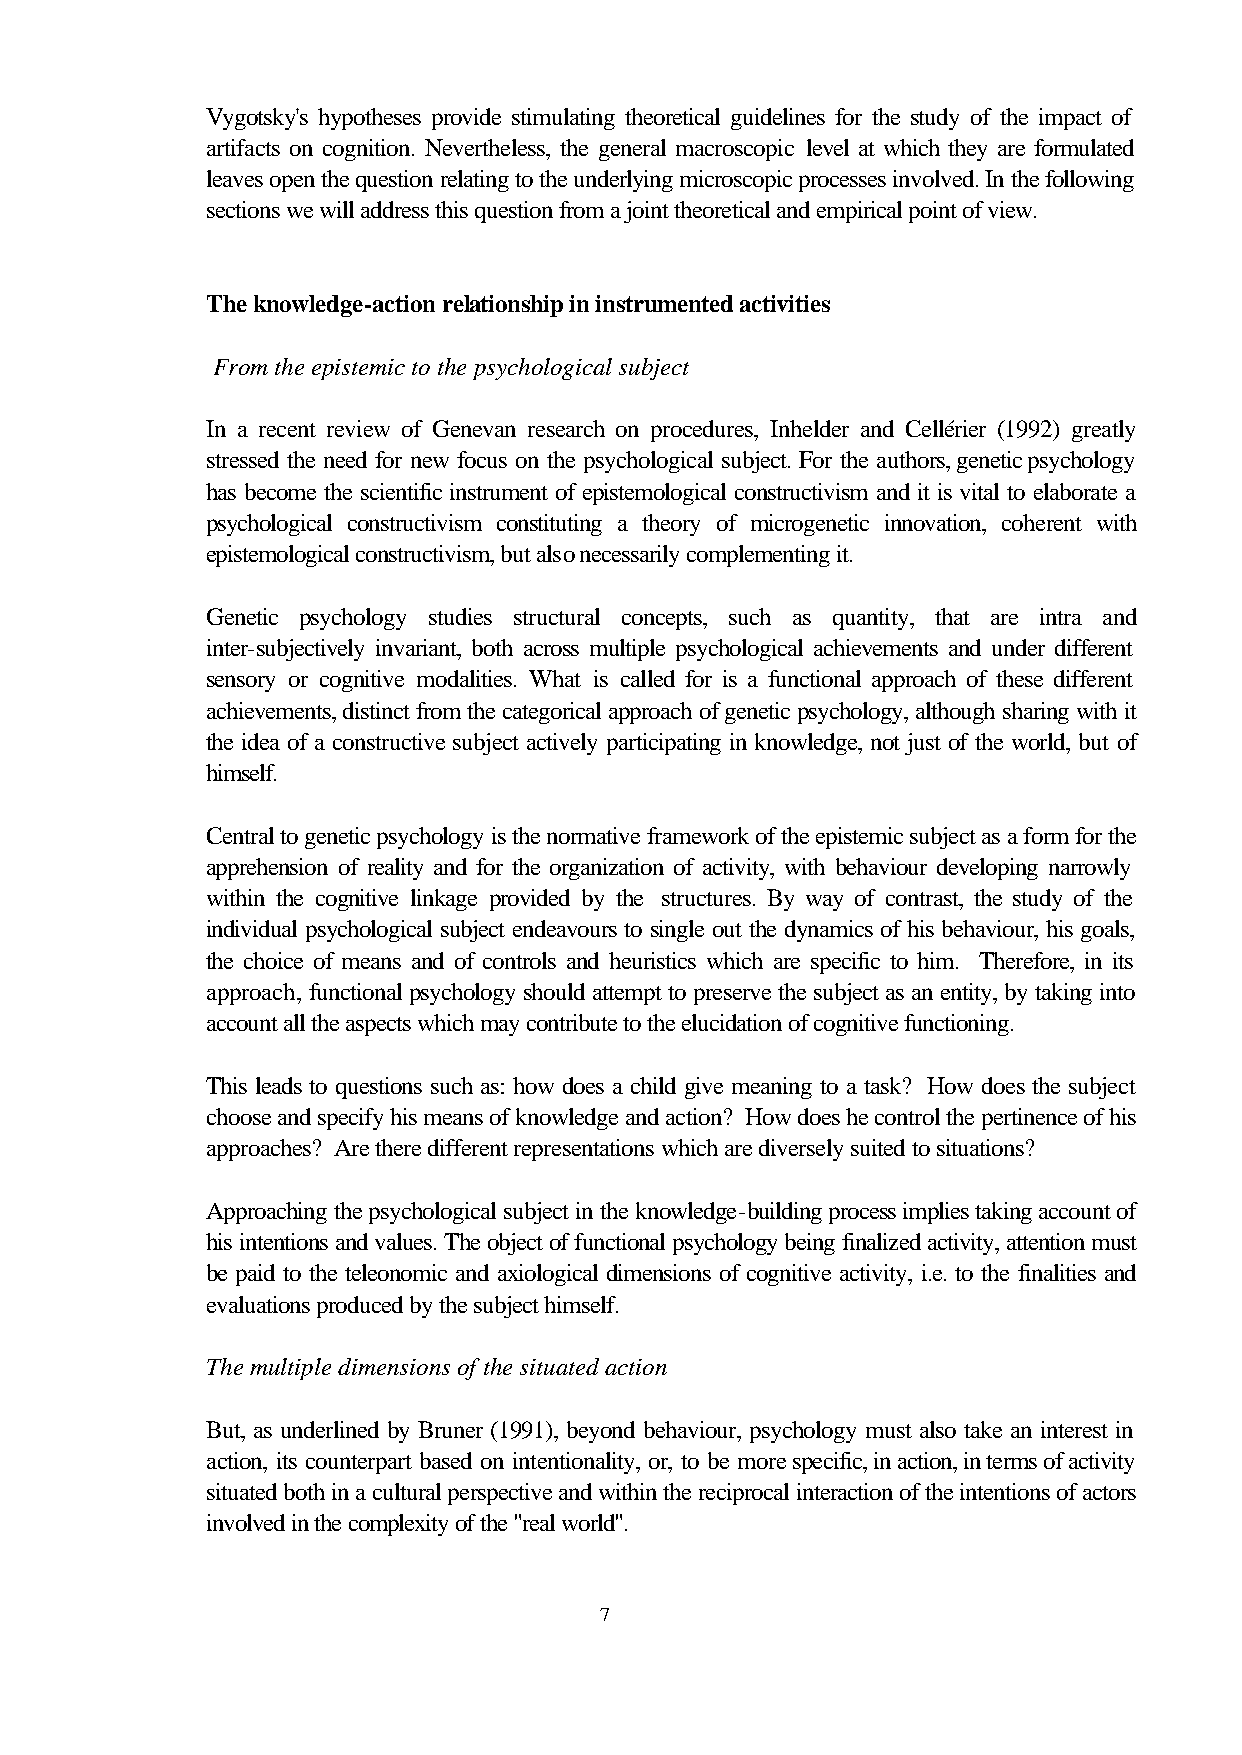
Vygotsky's hypotheses provide stimulating theoretical guidelines for the study of the impact of
 artifacts on cognition. Nevertheless, the general macroscopic level at which they are formulated
 leaves open the question relating to the underlying microscopic processes involved. In the following
 sections we will address this question from a joint theoretical and empirical point of view.
 The knowledge-action relationship in instrumented activities
 From the epistemic to the psychological subject
 In a recent review of Genevan research on procedures, Inhelder and Cellérier (1992) greatly
 stressed the need for new focus on the psychological subject. For the authors, genetic psychology
 has become the scientific instrument of epistemological constructivism and it is vital to elaborate a
 psychological constructivism constituting a theory of microgenetic innovation, coherent with
 epistemological constructivism, but also necessarily complementing it.
 Genetic psychology studies structural concepts, such as quantity, that are intra and
 inter-subjectively invariant, both across multiple psychological achievements and under different
 sensory or cognitive modalities. What is called for is a functional approach of these different
 achievements, distinct from the categorical approach of genetic psychology, although sharing with it
 the idea of a constructive subject actively participating in knowledge, not just of the world, but of
 himself.
 Central to genetic psychology is the normative framework of the epistemic subject as a form for the
 apprehension of reality and for the organization of activity, with behaviour developing narrowly
 within the cognitive linkage provided by the structures. By way of contrast, the study of the
 individual psychological subject endeavours to single out the dynamics of his behaviour, his goals,
 the choice of means and of controls and heuristics which are specific to him. Therefore, in its
 approach, functional psychology should attempt to preserve the subject as an entity, by taking into
 account all the aspects which may contribute to the elucidation of cognitive functioning.
 This leads to questions such as: how does a child give meaning to a task? How does the subject
 choose and specify his means of knowledge and action? How does he control the pertinence of his
 approaches? Are there different representations which are diversely suited to situations?
 Approaching the psychological subject in the knowledge-building process implies taking account of
 his intentions and values. The object of functional psychology being finalized activity, attention must
 be paid to the teleonomic and axiological dimensions of cognitive activity, i.e. to the finalities and
 evaluations produced by the subject himself.
 The multiple dimensions of the situated action
 But, as underlined by Bruner (1991), beyond behaviour, psychology must also take an interest in
 action, its counterpart based on intentionality, or, to be more specific, in action, in terms of activity
 situated both in a cultural perspective and within the reciprocal interaction of the intentions of actors
 involved in the complexity of the "real world".
 7